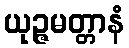
ယုဉ္ဇမတ္တာနံ